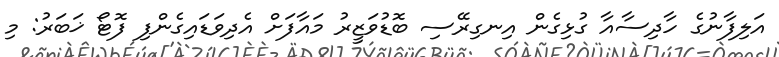
އަލިފާނުގެ ހާދިސާއާ ގުޅިގެން އިނގިރޭސި ބޮޑުވަޒީރު މައާފަށް އެދިވަޑައިގެންފި ފޮޓޯ ޚަބަރު: މި